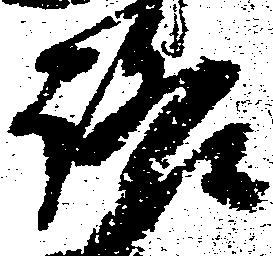
路